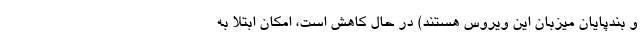
و بندپایان میزبان این ویروس هستند) در حال کاهش است، امکان ابتلا به